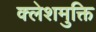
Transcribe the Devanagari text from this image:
क्लेशमुक्ति